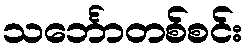
သင်္ဘောတစ်စင်း